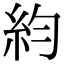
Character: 𥾡